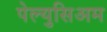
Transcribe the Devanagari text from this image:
पेल्युसिअम